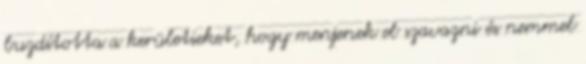
buzdította a kerületieket, hogy menjenek el szavazni és nemmel